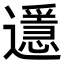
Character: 𨘓